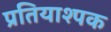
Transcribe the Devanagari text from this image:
प्रतियाश्पक